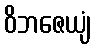
ဝိဘဇေယျံ